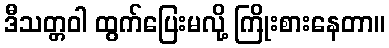
ဒီသတ္တဝါ ထွက်ပြေးမလို့ ကြိုးစားနေတာ။